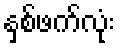
နှစ်ဖက်လုံး